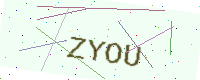
Text: ZYOU